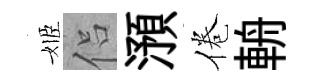
姬侣澦倦輈